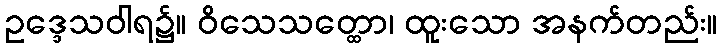
ဥဒ္ဒေသဝါရ၌။ ဝိသေသတ္ထော၊ ထူးသော အနက်တည်း။